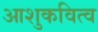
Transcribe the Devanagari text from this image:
आशुकवित्व